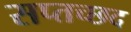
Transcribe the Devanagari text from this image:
सप्तच्छद